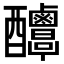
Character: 𨤌